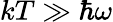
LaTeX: kT\gg\hbar\omega